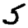
Digit: 5